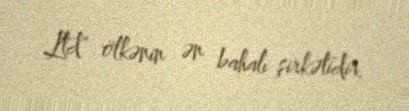
Ltd" ölkənin ən bahalı şirkətidir.